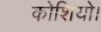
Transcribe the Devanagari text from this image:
कोशियो।